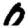
Digit: 0